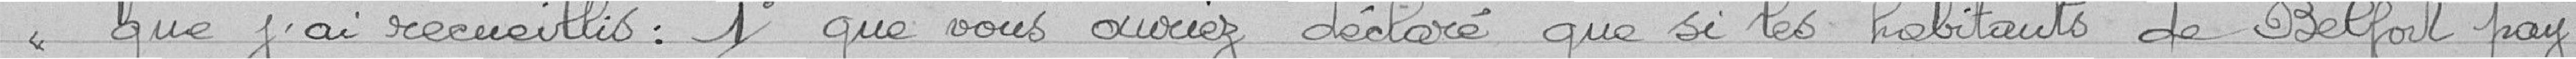
"que j'ai recueillis : 1° que vous auriez déclaré que si les habitants de Belfort pay-